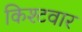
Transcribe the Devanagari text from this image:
किश्टवार